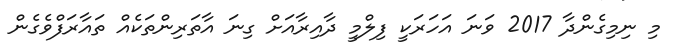
މި ނިމިގެންދާ 2017 ވަނަ އަހަރަކީ ފިލްމީ ދާއިރާއަށް ގިނަ އާތަރިންތަކެއް ތައާރަފްވެގެން